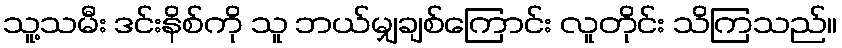
သူ့သမီး ဒင်းနိစ်ကို သူ ဘယ်မျှချစ်ကြောင်း လူတိုင်း သိကြသည်။